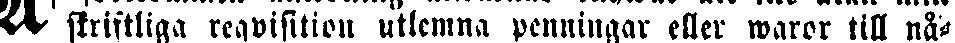
skriftliga reqvisition utlemna penningar eller waror till nå-